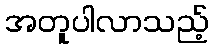
အတူပါလာသည့်